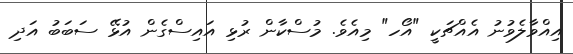
އިއްވާލެވުނު އެއްޗަކީ "އޯހ" މިއެވެ. މުސްކާން ރުޅި އައިސްގެން އުޅޭ ސަބަބު އަދި